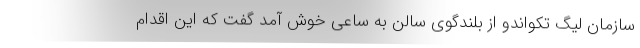
سازمان لیگ تکواندو از بلندگوی سالن به ساعی خوش آمد گفت که این اقدام